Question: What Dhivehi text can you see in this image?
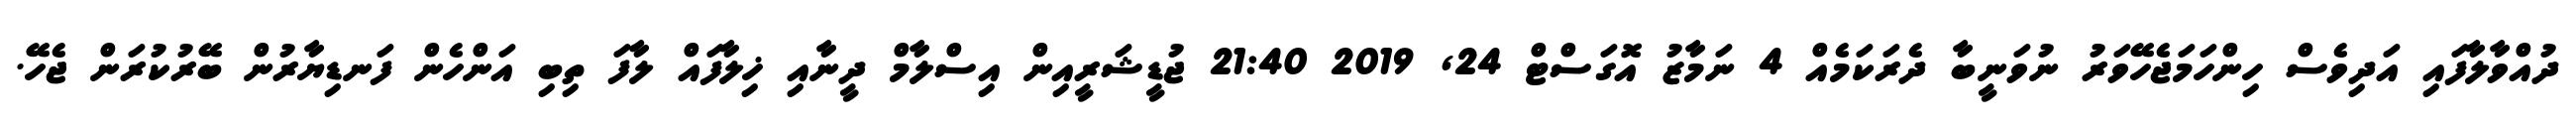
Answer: ދުއްވާލާފައި އަދިވެސް ހިންހަމަޖެހޭވަރު ނުވަނީބާ ދެރަކަމެއް 4 ނަމާޒު އޮގަސްޓް 24, 2019 21:40 ޖުޑީޝަރީއިން އިސްލާމް ދީނާއި ޚިލާފައް ލާފަ ތިބި އަންހެން ފަނޑިޔާރުން ބޭރުކުރަން ޖެހޭ.